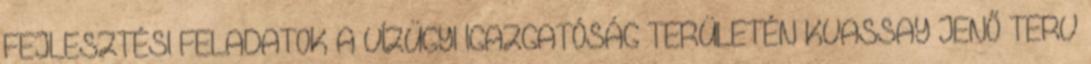
FEJLESZTÉSI FELADATOK A VÍZÜGYI IGAZGATÓSÁG TERÜLETÉN KVASSAY JENŐ TERV